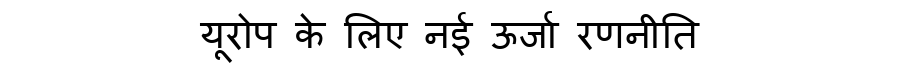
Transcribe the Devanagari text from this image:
यूरोप के लिए नई ऊर्जा रणनीति